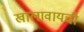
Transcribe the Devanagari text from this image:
खालावायची